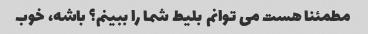
مطمئنا هست می توانم بلیط شما را ببینم؟ باشه، خوب